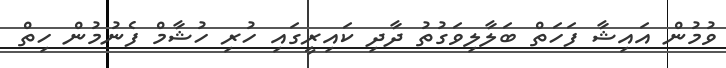
ވުމުން އައިޝާ ފަހަތް ބަލާލިވަގުތު ދާދި ކައިރީގައި ހުރި ހުޝާމް ފެނުމުން ހިތް